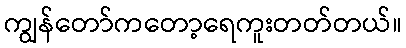
ကျွန်တော်ကတော့ရေကူးတတ်တယ်။